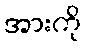
အားကို